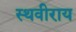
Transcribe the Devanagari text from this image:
स्थवीराय